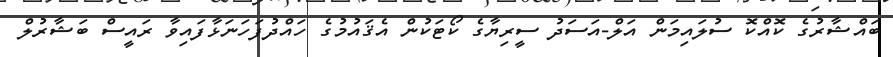
ބައްޝާރުގެ ކޮއްކޮ ސުލައިމަން އަލް-އަސަދު ސީރިޔާގެ ކޯޓަކުން އެޤައުމުގެ ހައްދުފަހަނަޅާފައިވާ ރައީސް ބަޝާރުލް